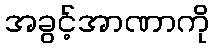
အခွင့်အာဏာကို